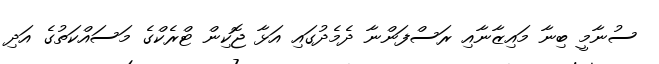
ސުނާމީ ބިނާ މައިޒާނާއިި ރަސްފަންނާ ދެމެދުގައި އަޅާ ޖޮކިން ޓްރެކްގެ މަސައްކަތުގެ އަދި